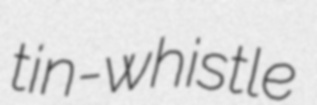
tin-whistle